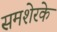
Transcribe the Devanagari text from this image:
समशेरके